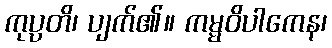
ကုပ္ပတိ၊ ပျက်၏။ ကမ္မဝိပါကေန၊